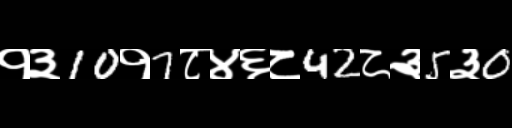
Text: १३10१7८४६८42८३5३0